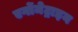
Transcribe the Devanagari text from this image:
एर्गोमेट्राइन